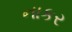
નાકર